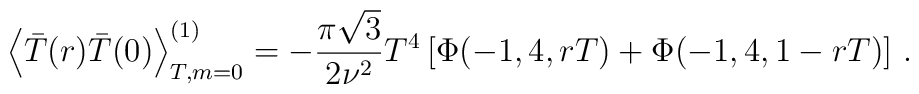
\left\langle \bar{T}(r)\bar{T}(0)\right\rangle _{T,m=0}^{(1)}=-\frac{\pi \sqrt{3}}{2\nu ^{2}}T^{4}\left[ \Phi (-1,4,rT)+\Phi (-1,4,1-rT)\right] \,.